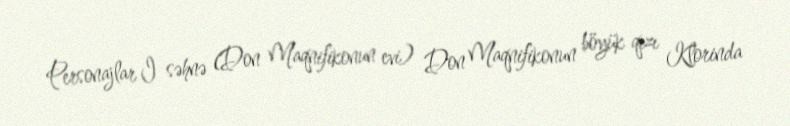
Personajlar I səhnə (Don Maqnifikonun evi) Don Maqnifikonun böyük qızı Klorinda